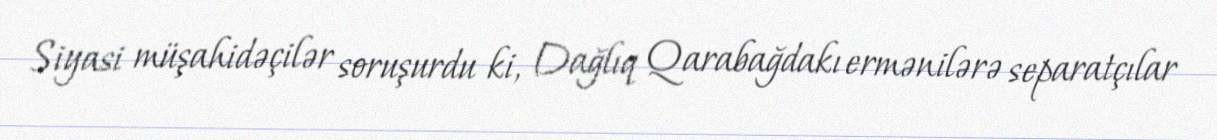
Siyasi müşahidəçilər soruşurdu ki, Dağlıq Qarabağdakı ermənilərə separatçılar